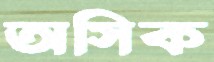
অসিক